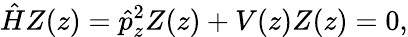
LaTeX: \hat{H}Z(z)=\hat{p}_{z}^{2}Z(z)+V(z)Z(z)=0,